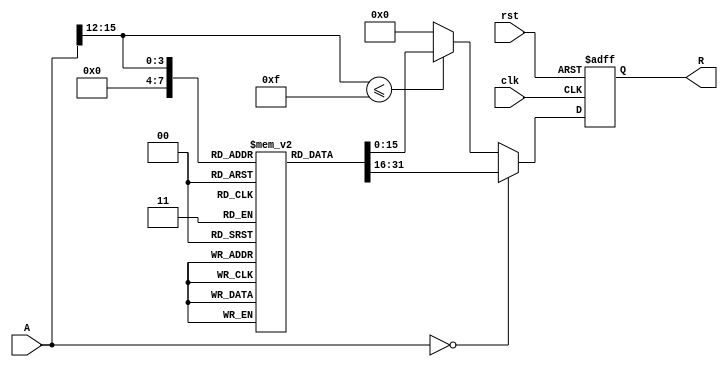
module ApproximateReciprocal (
    input wire [15:0] A,     // Input Data (16-bit)
    output reg [15:0] R,     // Output Data (16-bit)
    input wire clk,          // Clock signal
    input wire rst           // Reset signal
);

    // Lookup Table for approximate reciprocals (for example, for values 1 to 16)
    reg [15:0] lut [0:15];   // LUT for 16 entries
    initial begin
        lut[0] = 16'hFFFF;   // Division by zero case (output max value)
        lut[1] = 16'h1000;   // Approx. 1.0
        lut[2] = 16'h0800;   // Approx. 0.5
        lut[3] = 16'h0555;   // Approx. 0.3333
        lut[4] = 16'h0400;   // Approx. 0.25
        lut[5] = 16'h0333;   // Approx. 0.2
        lut[6] = 16'h0285;   // Approx. 0.1667
        lut[7] = 16'h0200;   // Approx. 0.1429
        lut[8] = 16'h01F4;   // Approx. 0.125
        lut[9] = 16'h01A0;   // Approx. 0.1111
        lut[10] = 16'h0166;  // Approx. 0.1
        lut[11] = 16'h0133;  // Approx. 0.0909
        lut[12] = 16'h0100;  // Approx. 0.0833
        lut[13] = 16'h00D8;  // Approx. 0.0769
        lut[14] = 16'h00B6;  // Approx. 0.0714
        lut[15] = 16'h00A0;  // Approx. 0.0667
    end

    always @(posedge clk or posedge rst) begin
        if (rst) begin
            R <= 16'h0000; // Reset output
        end else begin
            if (A == 16'h0000) begin
                R <= lut[0]; // Handle division by zero
            end else if (A[15:12] <= 4'd15) begin
                R <= lut[A[15:12]]; // Use LUT for approximation
            end else begin
                R <= 16'h0000; // Out of LUT range, return 0 or some default value
            end
        end
    end

endmodule